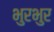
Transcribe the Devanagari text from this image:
भुरभुर